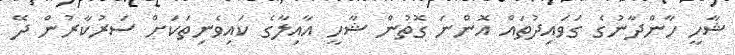
ޝާހީ ހާންދާނުގެ ގަވައިދުތައް އޮންނަ ގޮތުން ޝާހީ އާއިލާގެ ކައިވެނިތަކަށް ސަރުކާރުން ދޭ